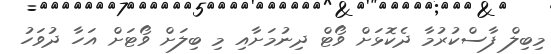
މިބިލް ފާސްކުރުމާ ދެކޮޅަށް ވޯޓް ދިނުމަށާއި މި ބިލަށް ވޯޓަށް އަހާ ދުވަހު